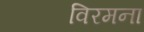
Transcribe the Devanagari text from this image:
विरमना